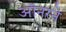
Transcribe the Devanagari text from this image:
ऑनरने